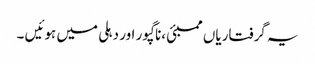
یہ گرفتاریاں ممبئی ،ناگپور اور دہلی میں ہوئیں ۔